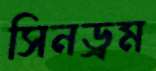
সিনড্রম